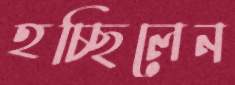
হচ্ছিলেন